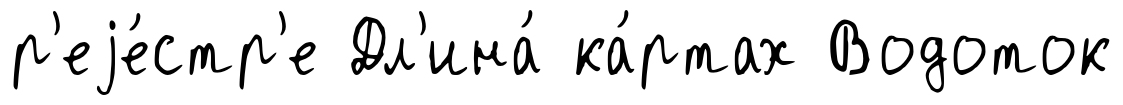
р'еjе́стр'е Дл'ина́ ка́ртах Водоток